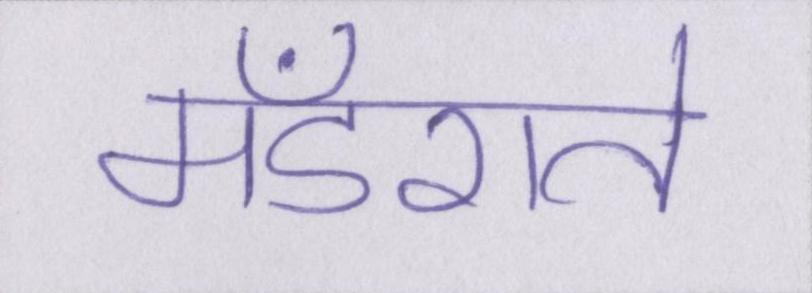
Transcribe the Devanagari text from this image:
मँडराते